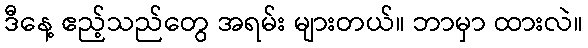
ဒီနေ့ ဧည့်သည်တွေ အရမ်း များတယ်။ ဘာမှာ ထားလဲ။